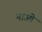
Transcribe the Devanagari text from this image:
नाओं